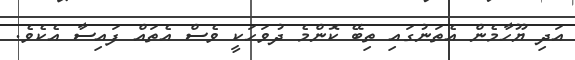
އަދި ޔޫހާމެން އެތަނުގައި ތިބޭ ކޮންމެ ދުވަހަކީ ވެސް އެތައް ފައިސާ އެކެވެ.